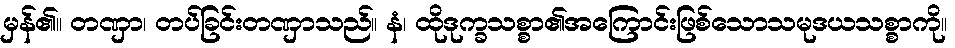
မှန်၏။ တဏှာ၊ တပ်ခြင်းတဏှာသည်။ နံ၊ ထိုဒုက္ခသစ္စာ၏အကြောင်းဖြစ်သောသမုဒယသစ္စာကို။